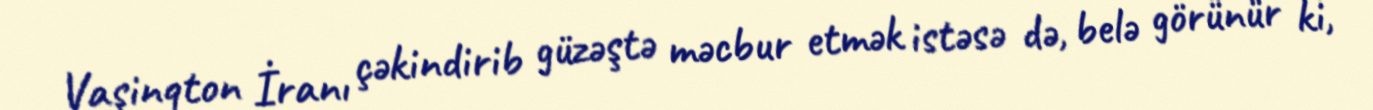
Vaşinqton İranı çəkindirib güzəştə məcbur etmək istəsə də, belə görünür ki,